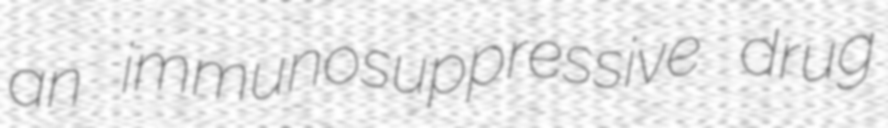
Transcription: an immunosuppressive drug